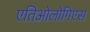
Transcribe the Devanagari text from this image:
एतिओलोगिएस